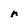
Character: r